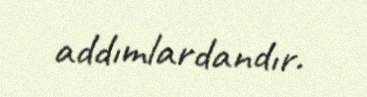
addımlardandır.